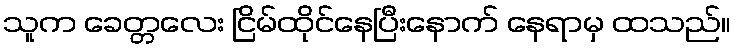
သူက ခေတ္တလေး ငြိမ်ထိုင်နေပြီးနောက် နေရာမှ ထသည်။